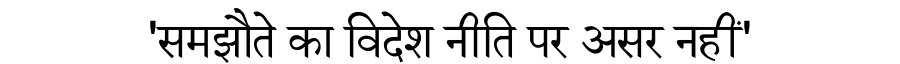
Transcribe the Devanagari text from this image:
'समझौते का विदेश नीति पर असर नहीं'